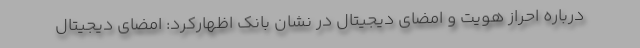
درباره احراز هویت و امضای دیجیتال در نشان بانک اظهارکرد: امضای دیجیتال